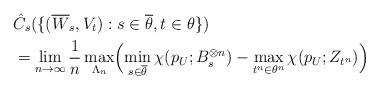
LaTeX: \begin{align*}&\hat{C}_s(\{(\overline{W}_s,{V}_t) :s \in \overline{\theta}, t \in \theta\})\\&= \lim_{n\rightarrow \infty} \frac{1}{n}\max_{\Lambda_n}\Bigl(\min_{s \in \overline{\theta}}\chi(p_U;B_s^{\otimes n})- \max_{t^n\in \theta^n}\chi(p_U;Z_{t^n})\Bigr)\end{align*}